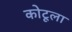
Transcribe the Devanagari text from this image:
कोटूला